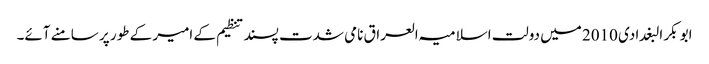
ابو بکر البغدادی 2010 میں دولت اسلامیہ العراق نامی شدت پسند تنظیم کے امیر کے طور پر سامنے آئے۔